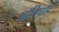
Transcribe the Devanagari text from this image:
पॉलिपॉड